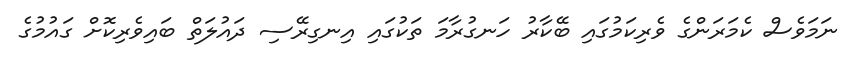
ނަމަވެސް ކެމަރަންގެ ވެރިކަމުގައި ބޭކާރު ހަނގުރާމަ ތަކުގައި އިނގިރޭސި ދައުލަތް ބައިވެރިކޮށް ގައުުމުގެ